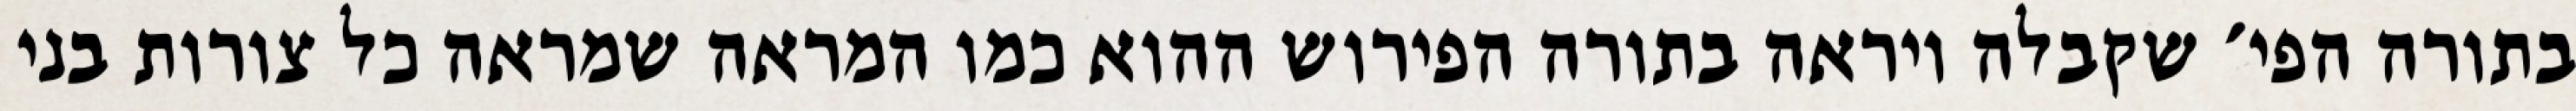
בתורה הפי׳ שקבלה ויראה בתורה הפירוש ההוא כמו המראה שמראה כל צורות בני